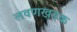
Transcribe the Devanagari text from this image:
लवणखडक